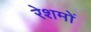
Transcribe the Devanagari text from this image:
रेशमों